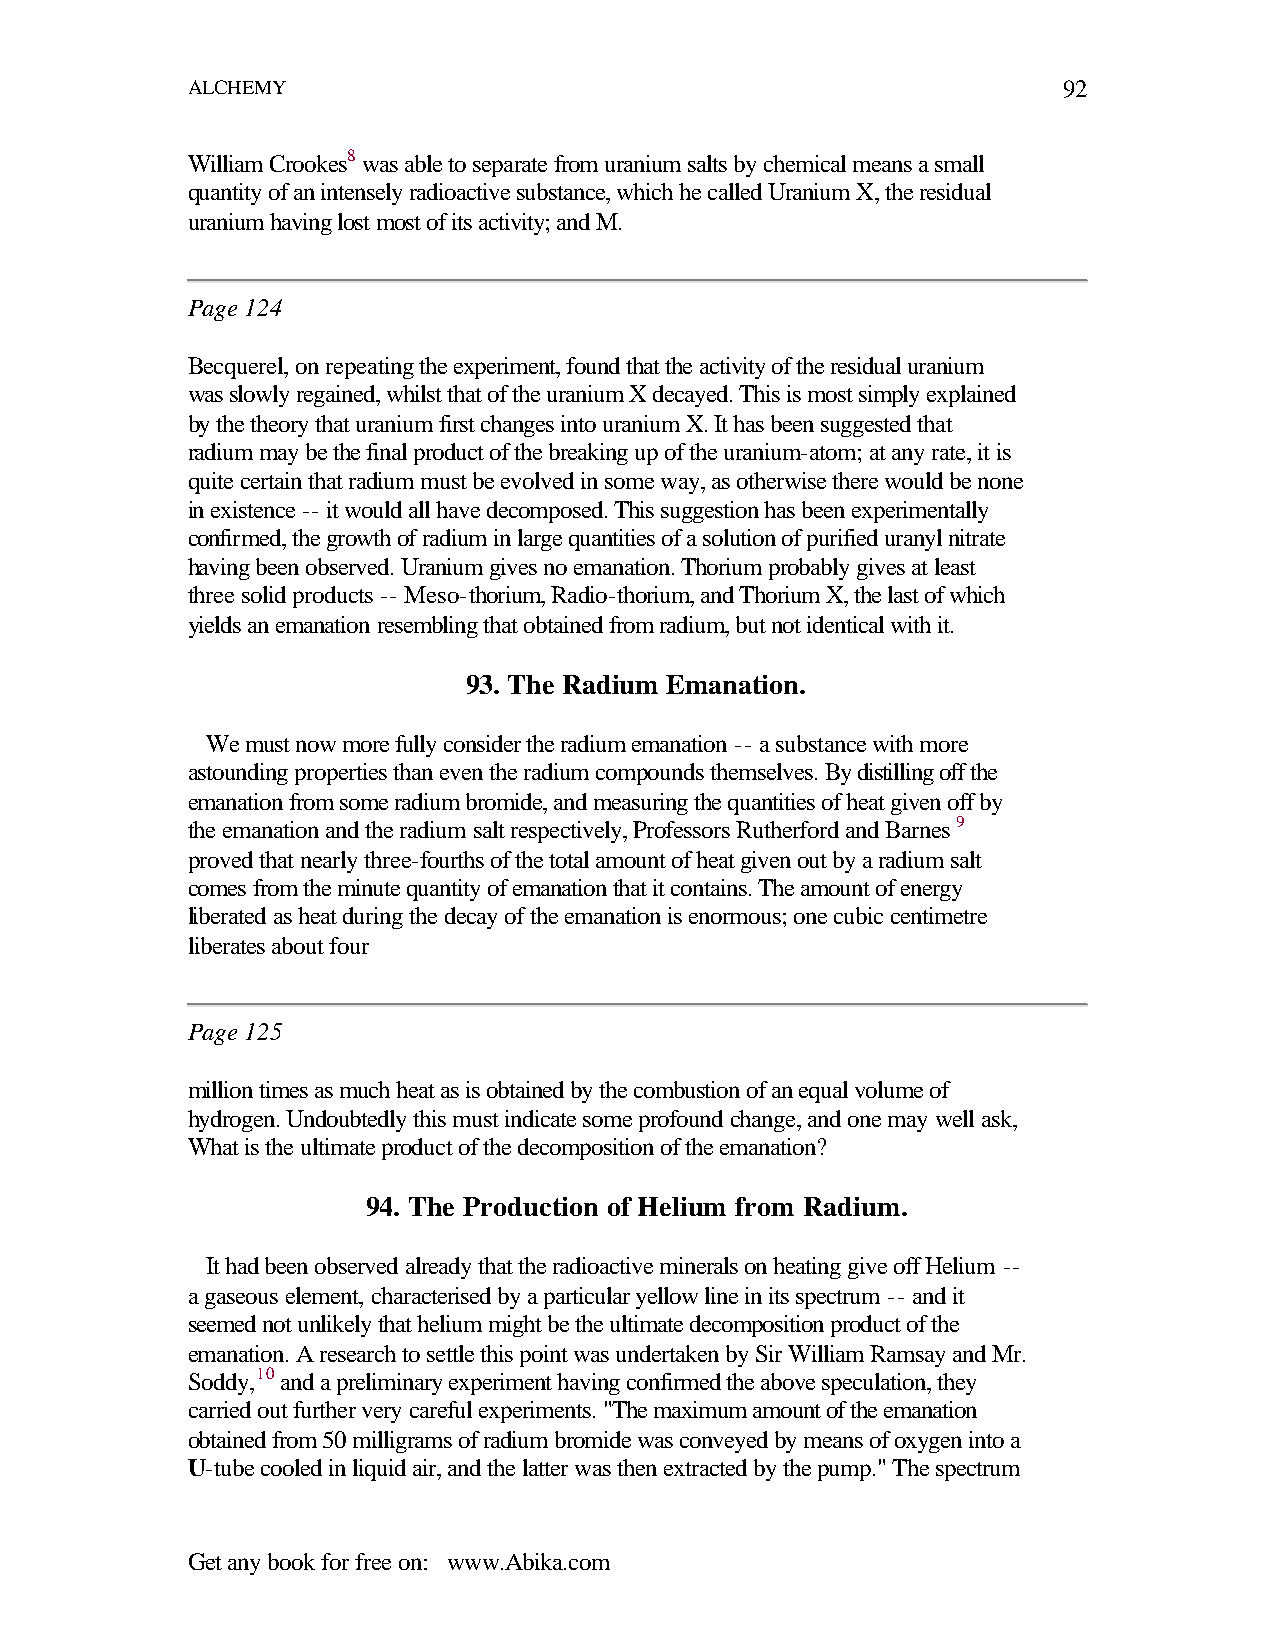
ALCHEMY                                                   92
 William Crookes8 was able to separate from uranium salts by chemical means a small
 quantity of an intensely radioactive substance, which he called Uranium X, the residual
 uranium having lost most of its activity; and M.
 Page 124
 Becquerel, on repeating the experiment, found that the activity of the residual uranium
 was slowly regained, whilst that of the uranium X decayed. This is most simply explained
 by the theory that uranium first changes into uranium X. It has been suggested that
 radium may be the final product of the breaking up of the uranium-atom; at any rate, it is
 quite certain that radium must be evolved in some way, as otherwise there would be none
 in existence -- it would all have decomposed. This suggestion has been experimentally
 confirmed, the growth of radium in large quantities of a solution of purified uranyl nitrate
 having been observed. Uranium gives no emanation. Thorium probably gives at least
 three solid products -- Meso-thorium, Radio-thorium, and Thorium X, the last of which
 yields an emanation resembling that obtained from radium, but not identical with it.
 93. The Radium Emanation.
 We must now more fully consider the radium emanation -- a substance with more
 astounding properties than even the radium compounds themselves. By distilling off the
 emanation from some radium bromide, and measuring the quantities of heat given off by
 the emanation and the radium salt respectively, Professors Rutherford and Barnes 9
 proved that nearly three-fourths of the total amount of heat given out by a radium salt
 comes from the minute quantity of emanation that it contains. The amount of energy
 liberated as heat during the decay of the emanation is enormous; one cubic centimetre
 liberates about four
 Page 125
 million times as much heat as is obtained by the combustion of an equal volume of
 hydrogen. Undoubtedly this must indicate some profound change, and one may well ask,
 What is the ultimate product of the decomposition of the emanation?
 94. The Production of Helium from Radium.
 It had been observed already that the radioactive minerals on heating give off Helium --
 a gaseous element, characterised by a particular yellow line in its spectrum -- and it
 seemed not unlikely that helium might be the ultimate decomposition product of the
 emanation. A research to settle this point was undertaken by Sir William Ramsay and Mr.
 Soddy,10 and a preliminary experiment having confirmed the above speculation, they
 carried out further very careful experiments. "The maximum amount of the emanation
 obtained from 50 milligrams of radium bromide was conveyed by means of oxygen into a
 U-tube cooled in liquid air, and the latter was then extracted by the pump." The spectrum
 Get any book for free on: www.Abika.com